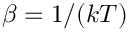
\beta = 1 / ( k T )